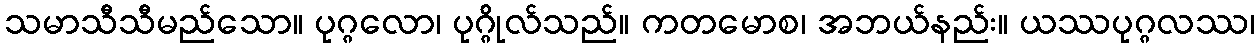
သမာသီသီမည်သော။ ပုဂ္ဂလော၊ ပုဂ္ဂိုလ်သည်။ ကတမောစ၊ အဘယ်နည်း။ ယဿပုဂ္ဂလဿ၊